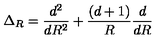
\Delta _ { R } = \frac { d ^ { 2 } } { d R ^ { 2 } } + \frac { ( d + 1 ) } { R } \frac { d } { d R }